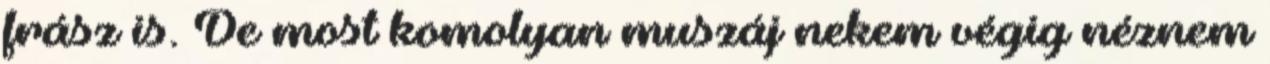
frász is. De most komolyan muszáj nekem végig néznem